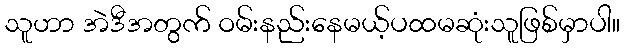
သူဟာ အဲဒီအတွက် ဝမ်းနည်းနေမယ့်ပထမဆုံးသူဖြစ်မှာပါ။